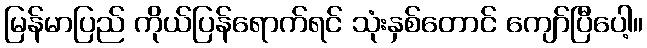
မြန်မာပြည် ကိုယ်ပြန်ရောက်ရင် သုံးနှစ်တောင် ကျော်ပြီပေါ့။